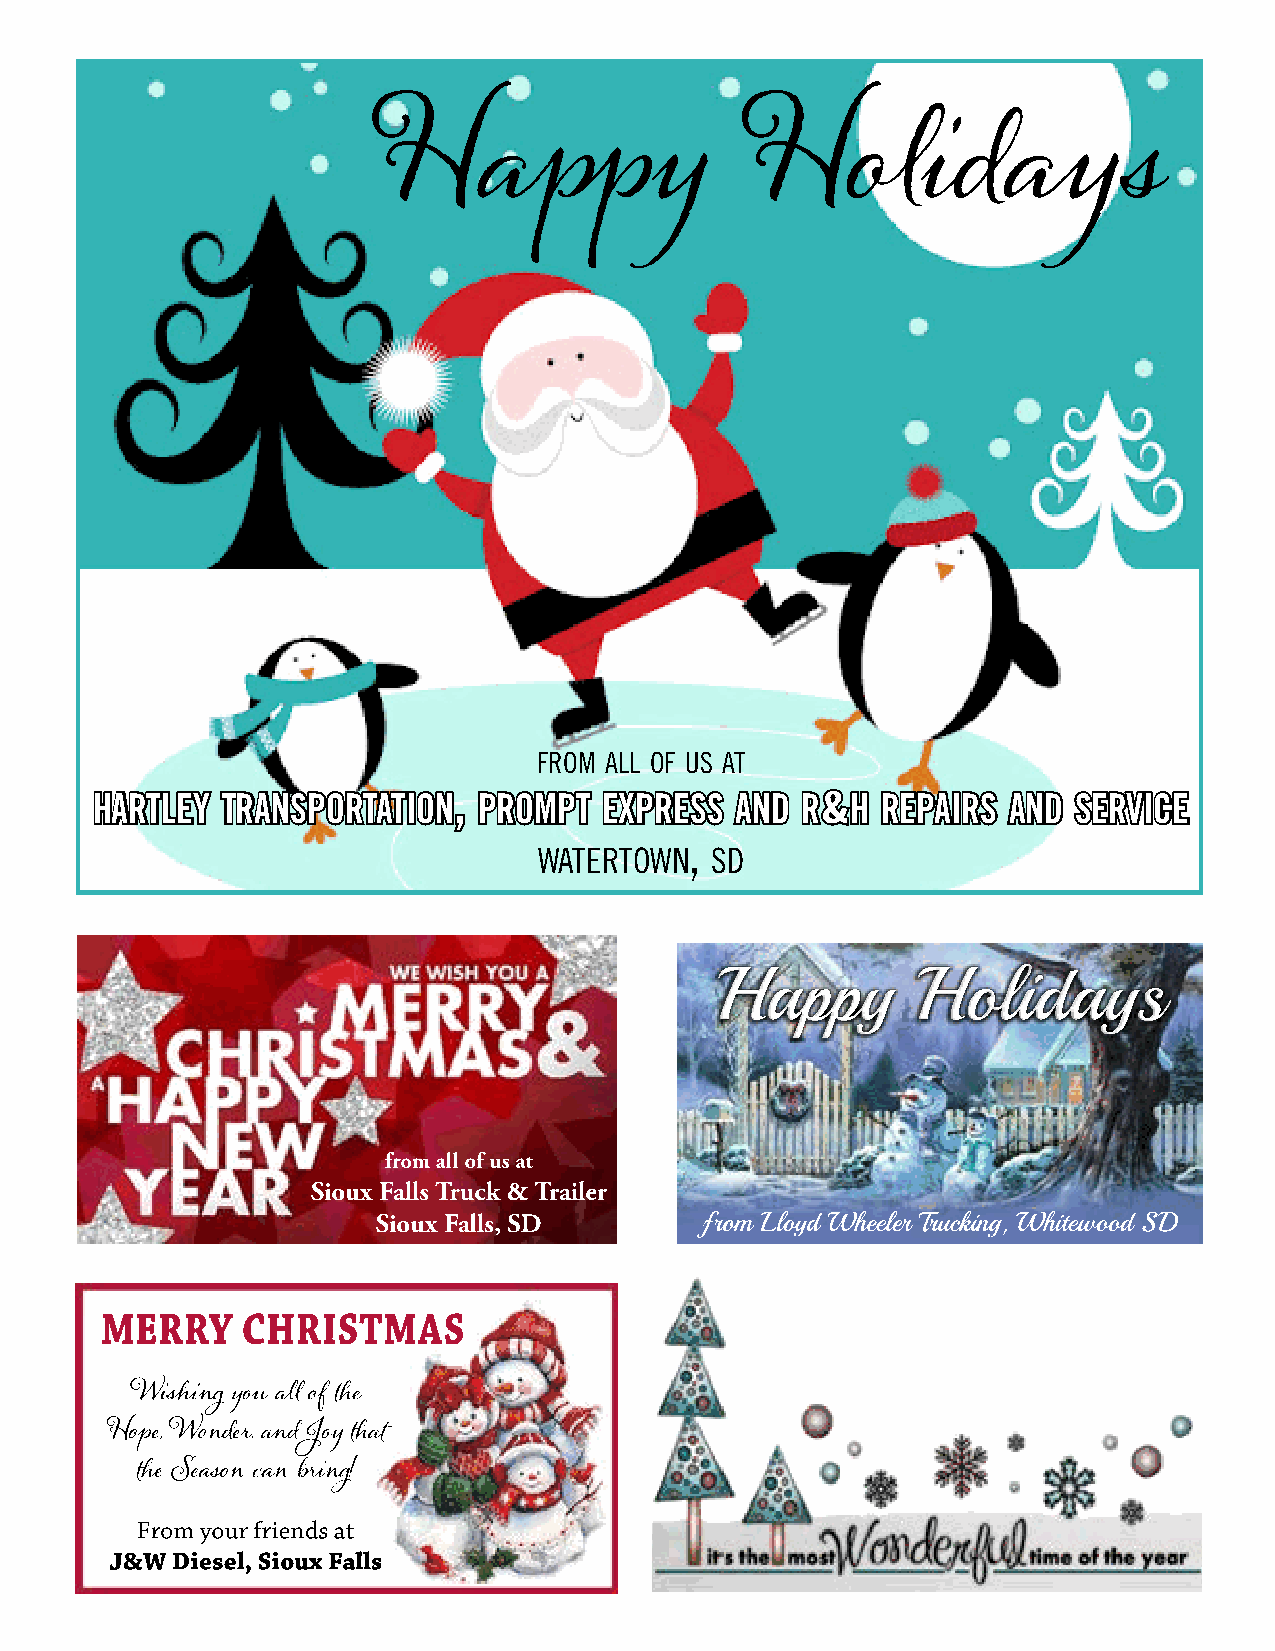
Happy                   Holidays
 from all of us at
 ,,
 hhaarrttlleeyy ttrraannssppoorrttaattiioonn pprroommpptt eexxpprreessss aanndd rr&&hh rreeppaaiirrss aanndd sseerrvviiccee
 ,
 watertown  sd
 Happy         Holidays
 from all of us at
 Sioux Falls Truck & Trailer
 Sioux Falls, SD      from Lloyd Wheeler Trucking, Whitewood SD
 MERRY    CHRISTMAS
 Wishing you a of e
 Hope, Wonder, and Joy at
 e Season can ing!
 From your friends at
 J&W Diesel, Sioux Falls